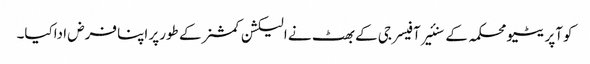
کوآپریٹیو محکمہ کے سنئیر آفیسر جی کے بھٹ نے الیکشن کمشنر کے طورپر اپنا فرض اداکیا۔